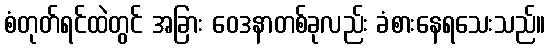
စံတုတ်ရင်ထဲတွင် အခြား ဝေဒနာတစ်ခုလည်း ခံစားနေရသေးသည်။